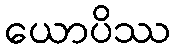
ယောပိဿ